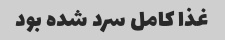
غذا کامل سرد شده بود